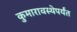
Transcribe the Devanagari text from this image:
कुमारावस्थेपर्यंत